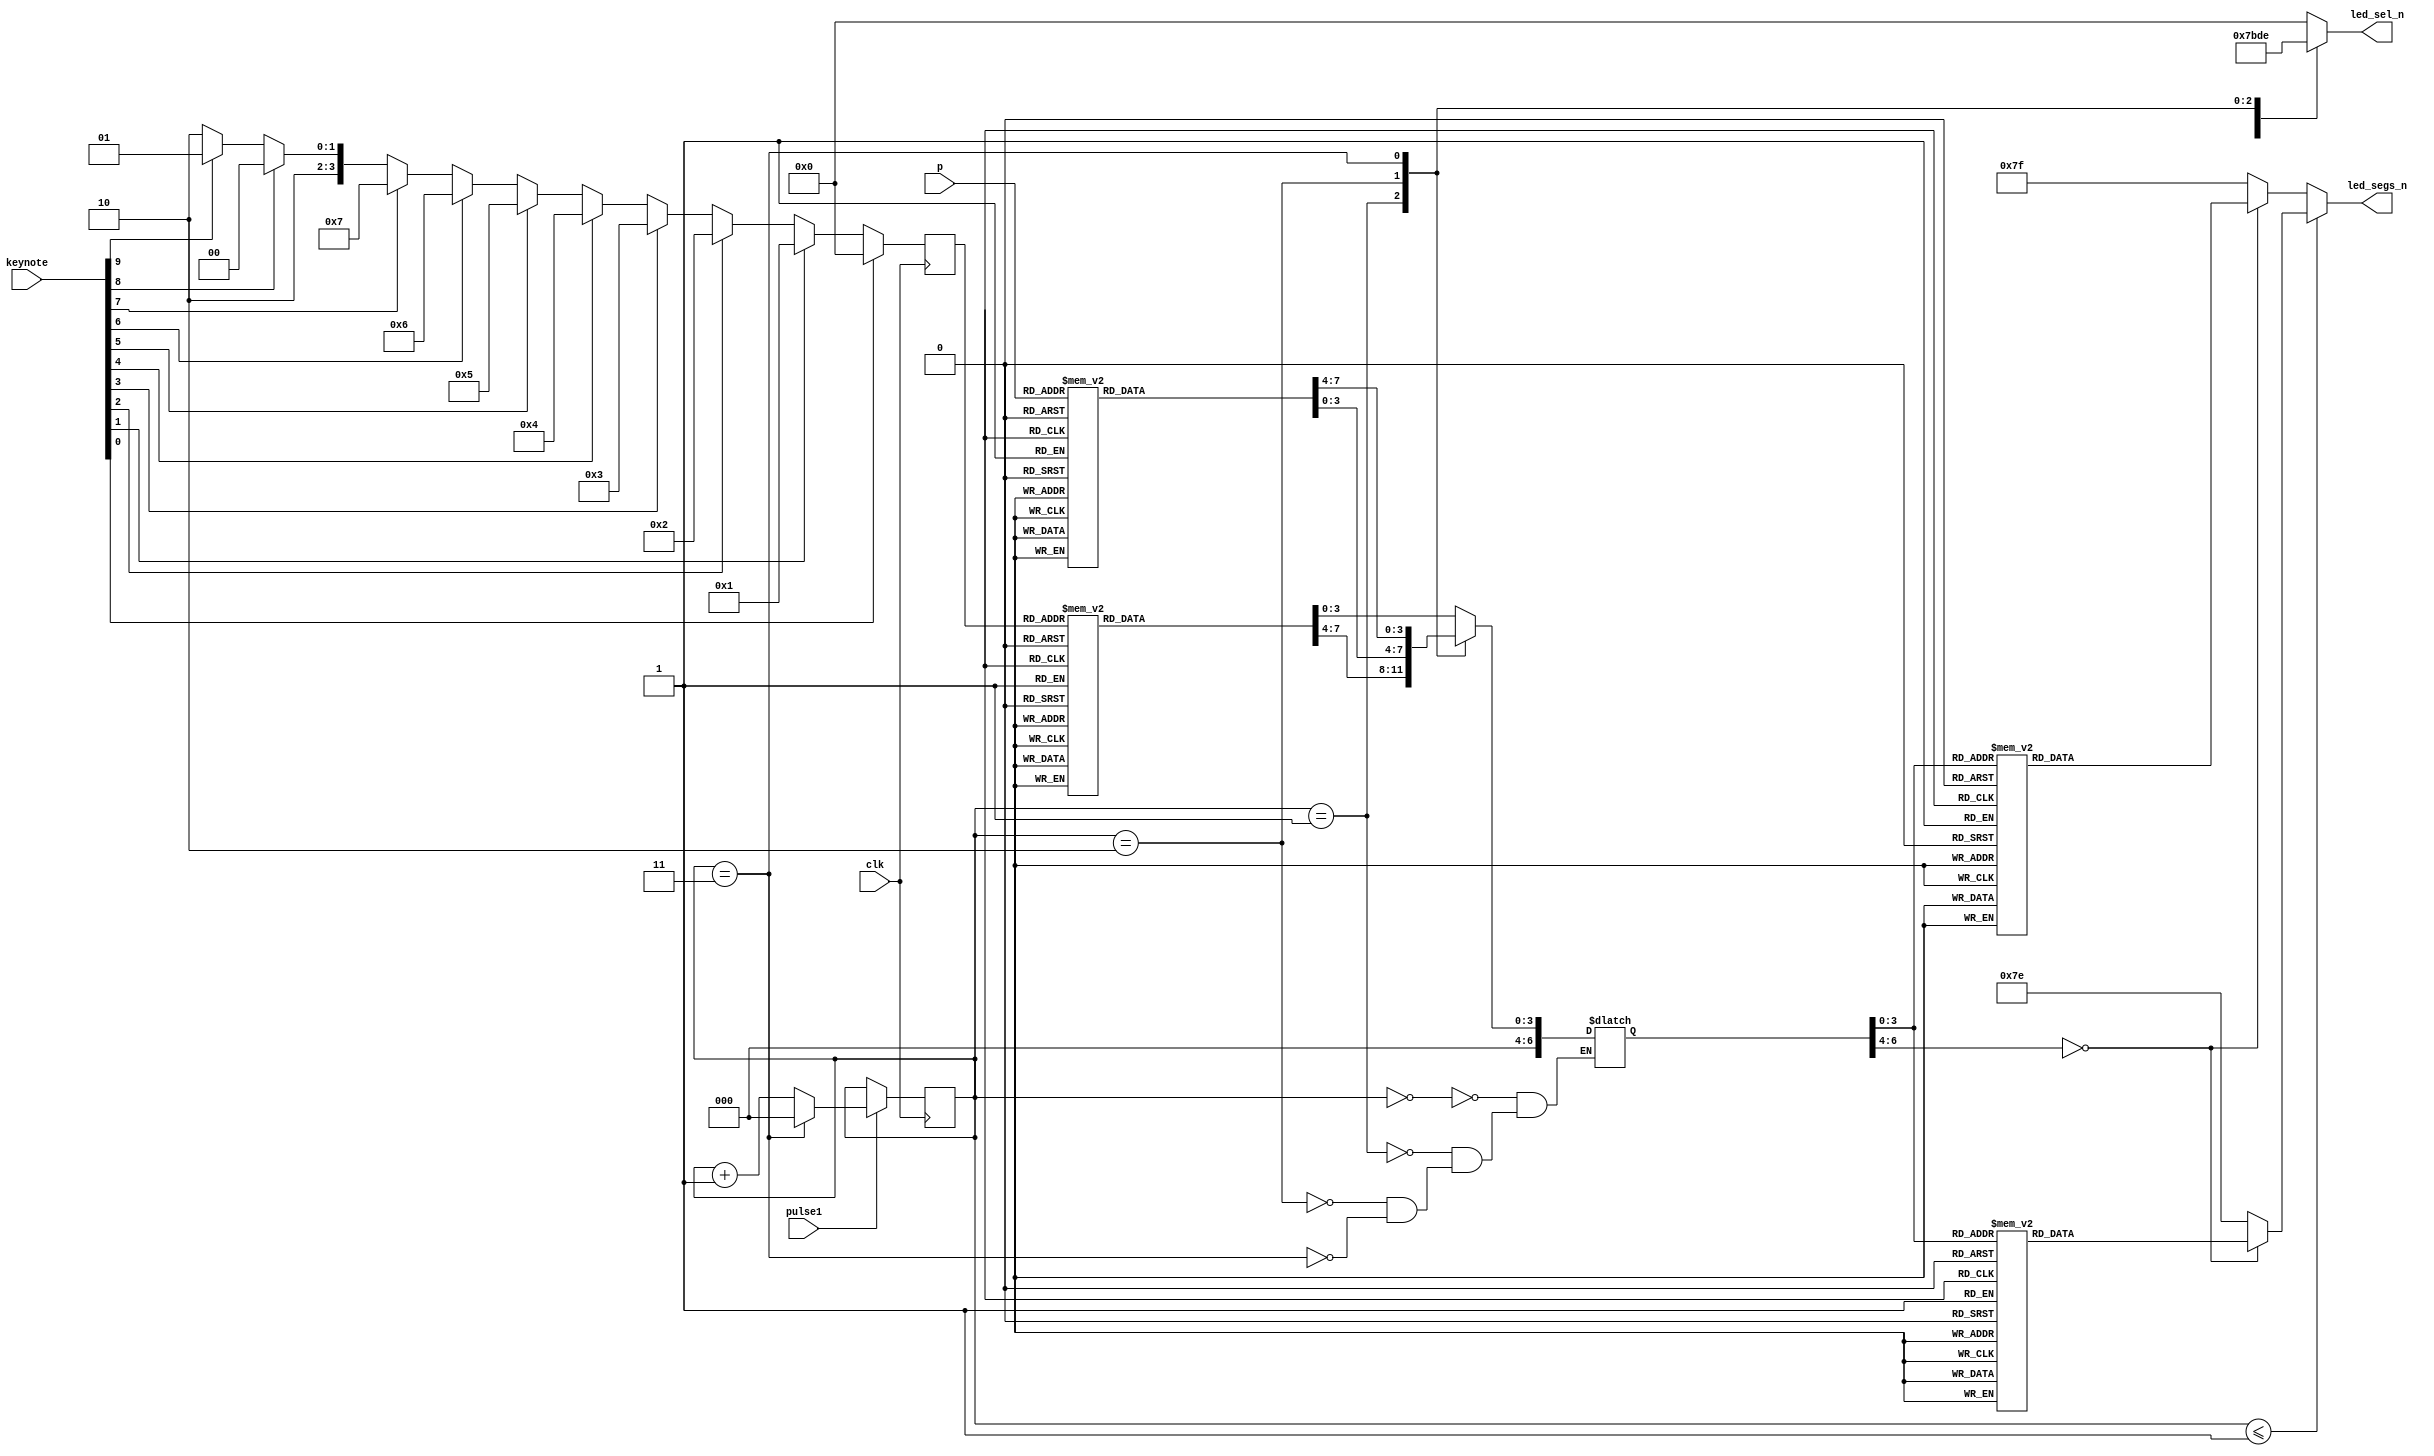
module counter(
    input clk,
    input [9:0] keynote,
    input [4:0] p,
    output reg [6:0] led_segs_n,
    output reg [3:0] led_sel_n,
    input pulse1
    );
    reg[2:0] i = 0;//Use for counting
    reg [6:0] bcd;
    reg[3:0] playnote;

    always @(posedge clk) begin
    if (keynote[0]==1)
    playnote<=0;
    else if(keynote[1]==1)
    playnote<=1;
     else if(keynote[2]==1)
    playnote<=2;
     else if(keynote[3]==1)
    playnote<=3;
     else if(keynote[4]==1)
    playnote<=4;
     else if(keynote[5]==1)
    playnote<=5;
     else if(keynote[6]==1)
    playnote<=6;
     else if(keynote[7]==1)
    playnote<=7;
     else if(keynote[8]==1)
    playnote<=8;
     else if(keynote[9]==1)
    playnote<=9;
     else 
    playnote<=10;

    end
    
   reg[3:0] bd1= 10,bd2=10,bd3 = 10,bd4 = 10;
   
    always @(*) begin
        case (playnote)
        0:begin bd1 = 0;bd2 = 6;end
        1:begin bd1 = 0;bd2 = 7;end
        2:begin bd1 = 8;bd2 = 1;end
        3:begin bd1 = 8;bd2 = 2;end
        4:begin bd1 = 8;bd2 = 3;end
        5:begin bd1 = 8;bd2 = 4;end
        6:begin bd1 = 8;bd2 = 5;end
        7:begin bd1 = 8;bd2 = 6;end
        8:begin bd1 = 8;bd2 = 7;end
        9:begin bd1 = 9;bd2 = 1;end
        default begin bd1 = 10;bd2  = 10;end
    endcase
    case (p)
        5'b00000:begin bd3 = 0;bd4 = 7;end
        5'b00001:begin bd3 = 0;bd4 = 6;end
        5'b00010:begin bd3 = 0;bd4 = 5;end
        5'b00011:begin bd3 = 0;bd4 = 4;end
        5'b00100:begin bd3 = 0;bd4 = 3;end
        5'b00101:begin bd3 = 0;bd4 = 2;end
        5'b00110:begin bd3 = 0;bd4 = 1;end
        5'b00111:begin bd3 = 9;bd4 = 11;end
        5'b01000:begin bd3 = 9;bd4 = 1;end
        5'b01001:begin bd3 = 9;bd4 = 2;end
        5'b01010:begin bd3 = 9;bd4 = 3;end
        5'b01011:begin bd3 = 9;bd4 = 4;end
        5'b01100:begin bd3 = 9;bd4 = 5;end
        5'b01101:begin bd3 = 9;bd4 = 6;end
        5'b01110:begin bd3 = 9;bd4 = 7;end
        5'b01111:begin bd3 = 9;bd4 = 8;end
        5'b10000:begin bd3 = 9;bd4 = 10;end
        5'b10001:begin bd3 = 1;bd4 = 11;end
        5'b10010:begin bd3 = 1;bd4 = 1;end
        5'b10011:begin bd3 = 1;bd4 = 2;end
        default begin bd3 = 10;bd4  = 10;end
        endcase
    end
    
       
    
    always @(posedge clk)
        if(pulse1) begin
        if(i ==3)
        i <= 0;
        else
        i <= i+1'b1;
        end
        
always @(*)
begin
    led_sel_n = 4'b0000;
    case(i)
    0:begin bcd = bd1;led_sel_n = 4'b0111;end
    1:begin bcd = bd2;led_sel_n = 4'b1011;end
    2:begin bcd = bd3;led_sel_n = 4'b1101;end
    3:begin bcd = bd4;led_sel_n = 4'b1110;end
    endcase
 end
    
    always@(*) begin
    if(i <=1)
    case (bcd)
    0:led_segs_n <= 7'b1110001; //L
    1:led_segs_n <= 7'b1001111;
    2:led_segs_n <= 7'b0010010;
    3:led_segs_n <= 7'b0000110;
    4:led_segs_n <= 7'b1001100;
    5:led_segs_n <= 7'b0100100;
    6:led_segs_n <= 7'b0100000;
    7:led_segs_n <= 7'b0001111;
    8:led_segs_n <= 7'b0001001;// M
    9:led_segs_n <= 7'b1001000;// H
    default led_segs_n <= 7'b1111110;//E
    endcase
    else
    case (bcd)
    0:led_segs_n <= 7'b1111110; //-
    1:led_segs_n <= 7'b1001111;
    2:led_segs_n <= 7'b0010010;
    3:led_segs_n <= 7'b0000110;
    4:led_segs_n <= 7'b1001100;
    5:led_segs_n <= 7'b0100100;
    6:led_segs_n <= 7'b0100000;
    7:led_segs_n <= 7'b0001111;
    8:led_segs_n <= 7'b0000000;// 8
    9:led_segs_n <= 7'b1111111;// E
    10:led_segs_n<=7'b0000100;//9
    11:led_segs_n <= 7'b0000001; // "0"
    default led_segs_n <= 7'b1111111;//E
    endcase
    end
endmodule